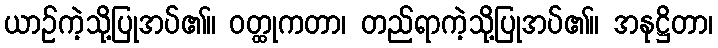
ယာဉ်ကဲ့သို့ပြုအပ်၏။ ဝတ္ထုကတာ၊ တည်ရာကဲ့သို့ပြုအပ်၏။ အနုဋ္ဌိတာ၊